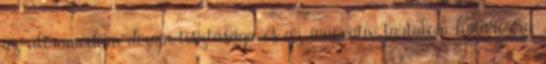
az ultramodern dizájn tisztasága és az innovatív tartalom határozza